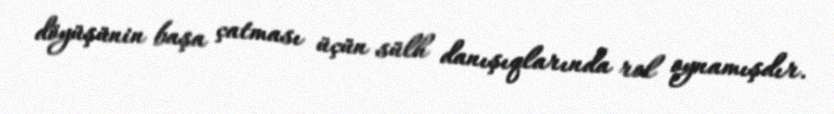
döyüşünin başa çatması üçün sülh danışıqlarında rol oynamışdır.